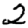
Digit: 2